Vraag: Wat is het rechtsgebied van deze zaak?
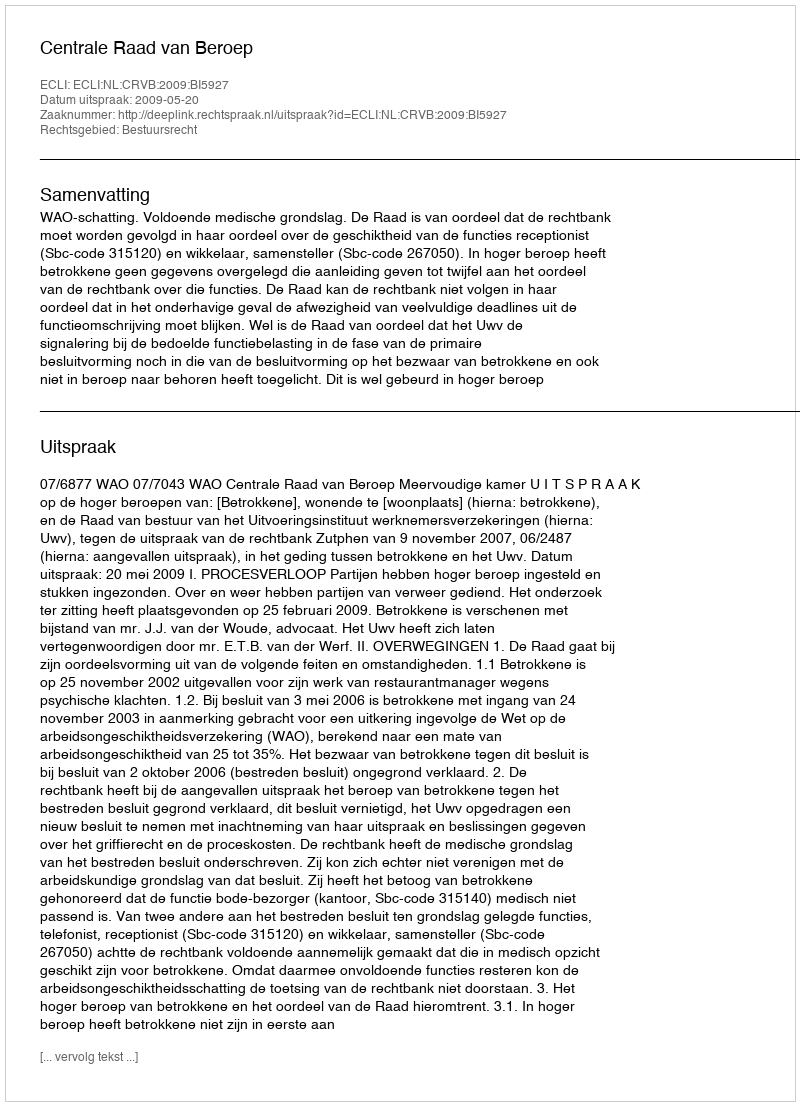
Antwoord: Bestuursrecht